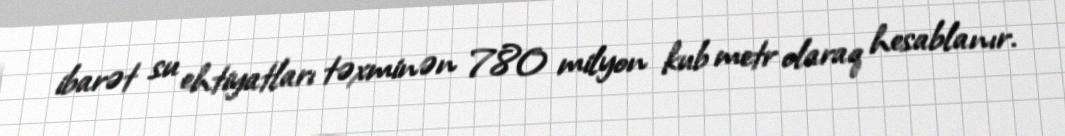
ibarət su ehtiyatları təxminən 780 milyon kub metr olaraq hesablanır.